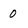
Character: 0